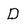
Character: D